Report of the Hyderabad Chloroform Commission
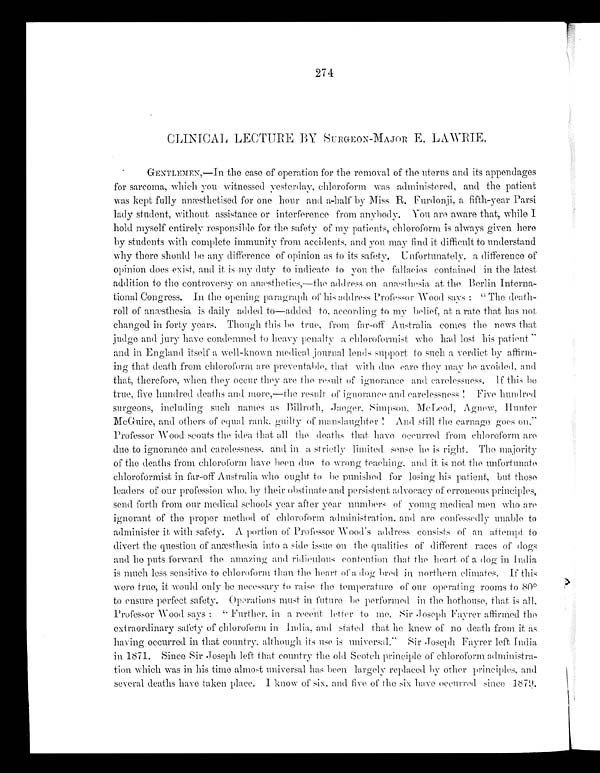
274
CLINICAL LECTURE BY SURGEON-MAJOR E. LAWRIE.
GENTLEMEN,—In the case of operation for the removal of the uterus and its appendages
for sarcoma, which you witnessed yesterday, chloroform was administered, and the patient
was kept fully anæsthetised for one hour and a-half by Miss R. Furdonji, a fifth-year Parsi
lady student, without assistance or interference from anybody. You are aware that, while I
hold myself entirely responsible for the safety of my patients, chloroform is always given here
by students with complete immunity from accidents, and you may find it difficult to understand
why there should be any difference of opinion as to its safety. Unfortunately, a difference of
opinion does exist, and it is my duty to indicate to you the fallacies contained in the latest
addition to the controversy on anæsthetics,—the address on anæsthesia at the Berlin Interna
-tional Congress. In the opening paragraph of his address Professor Wood says: "The death-
roll of anæsthesia is daily added to—added to, according to my belief, at a rate that has not
changed in forty years. Though this be true, from far-off Australia comes the news that
judge and jury have condemned to heavy penalty a chloroformist who had lost his patient"
and in England itself a well-known medical journal lends support to such a verdict by affirm
-ing that death from chloroform are preventable, that with due care they may be avoided, and
that, therefore, when they occur they are the result or ignorance and carelessness. If this be
true, five hundred deaths and more,— the result of ignorance and carelessness! Five hundred
surgeons, including such names as Billroth, Jaeger, Simpson, McLeod, Agnew, Hunter
McGuire, and others of equal rank, guilty of manslaughter! And still the carnage goes on."
Professor Wood scoats the idea that all the deaths that have occurred from chloroform are
due to ignorance and carelessness, and in a strictly limited sense he is right. The majority
of the deaths from chloroform have been due to wrong teaching, and it is not the unfortunate
chloroformist in far-off Australia who ought to be punished for losing his patient, but those
leaders of our profession who, by their obstinate and persistent advocacy of erroneous principles,
send forth from our medical schools year after year numbers of young medical men who are
ignorant of the proper method of chloroform administration, and are confessedly unable to
administer it with safety. A portion of Professor Wood's address consists of an attempt to
divert the question of anæsthesia into a side issue on the qualities of different races of dogs
and he puts forward the amazing and ridiculous contention that the heart of a dog in India
is much less sensitive to chloroform than the heart of a dog bred in northern climates. If this
were true, it would only be necessary to raise the temperature of our operating rooms to 80º
to ensure perfect safety. Operations must in future be performed in the hothouse, that is all.
Professor Wood says: "Further, in a recent letter to me, Sir Joseph Fayrer affirmed the
extraordinary safety of chloroform in India, and stated that he knew of no death from it as
having occurred in that country, although its use is universal." Sir Joseph Fayrer left India
in 1871. Since Sir Joseph left that country the old Scotch principle of chloroform administra
-tion which was in his time almost universal has been largely replaced by other principles, and
several deaths have taken place. I know of six, and five of the six have occurred since 1879.